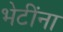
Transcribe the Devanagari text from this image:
भेटींना